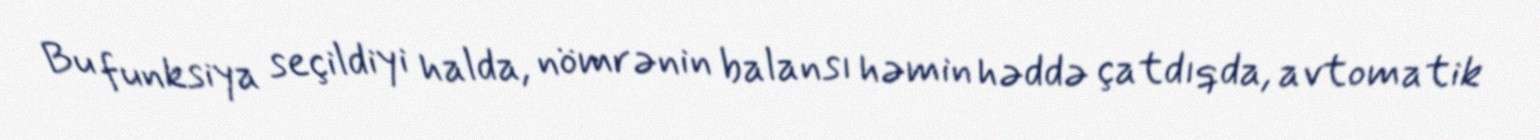
Bu funksiya seçildiyi halda, nömrənin balansı həmin həddə çatdıqda, avtomatik